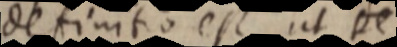
definitio est ut de